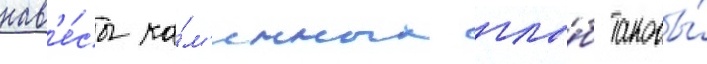
нав'е́сы ка́м'енных глы́б таковы́